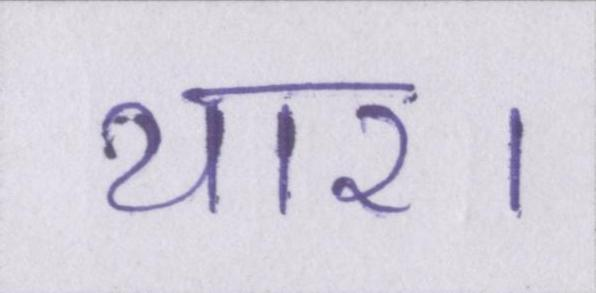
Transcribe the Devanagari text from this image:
यार।